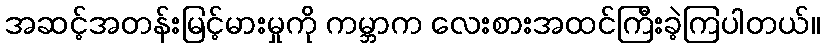
အဆင့်အတန်းမြင့်မားမှုကို ကမ္ဘာက လေးစားအထင်ကြီးခဲ့ကြပါတယ်။